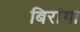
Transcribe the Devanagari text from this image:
बिरांगा